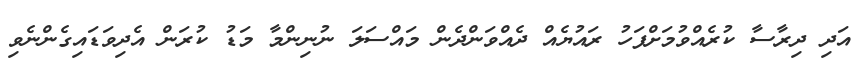
އަދި ދިރާސާ ކުރެއްވުމަށްފަހު ރައުޔެއް ދެއްވަންދެން މައްސަލަ ނުނިންމާ މަޑު ކުރަން އެދިވަޑައިގެންނެވި